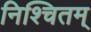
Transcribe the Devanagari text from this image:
निश्चितम्